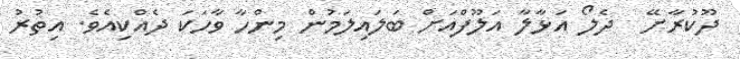
ދޫކުރާށޭ  ދެލޯ އަޅާލާ އަލޫފްއަށް ބަލައިލަމުން މިންހާ ވާހަކަ ދެއްކިއެވެ. އިތުރު